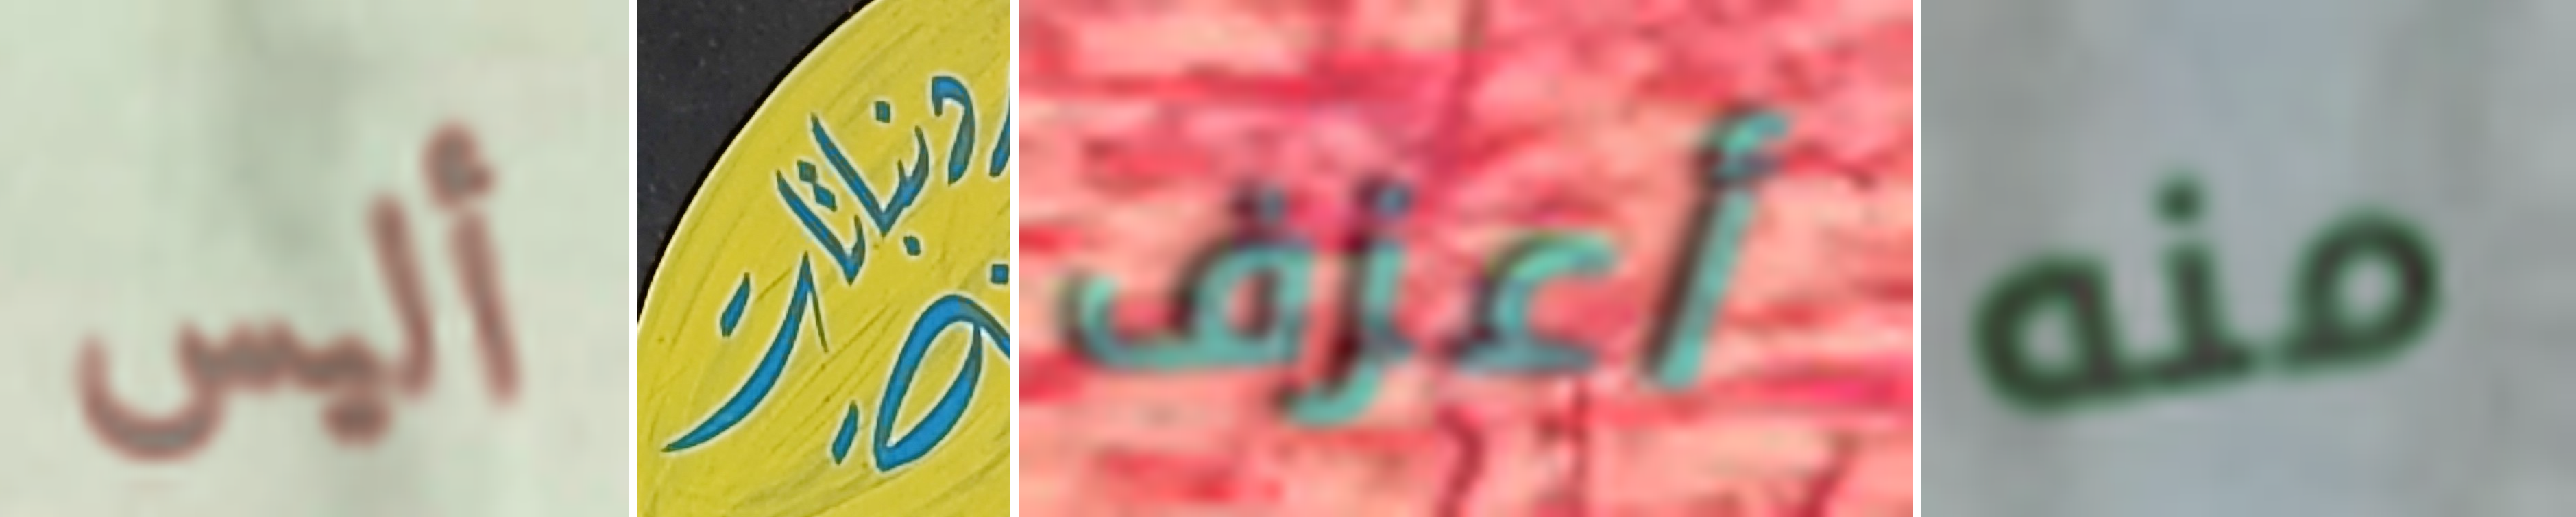
أليس ونباتات أعزف منه